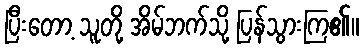
ပြီးတော့ သူတို့ အိမ်ဘက်သို့ ပြန်သွားကြ၏။